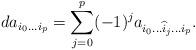
LaTeX: \begin{align*}d a_{i_0\dots i_p} = \sum_{j=0}^p (-1)^j a_{i_0\dots \widehat{i}_j\dots i_p}.\end{align*}